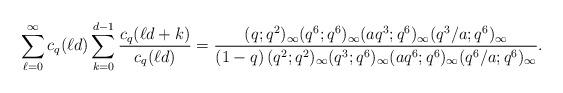
LaTeX: \begin{align*}\sum_{\ell=0}^{\infty}c_q(\ell d)\sum_{k=0}^{d-1}\frac{c_q(\ell d+k)}{c_q(\ell d)}=\frac{(q;q^2)_\infty(q^6;q^6)_\infty(aq^3;q^6)_\infty(q^3/a;q^6)_\infty}{(1-q)\,(q^2;q^2)_\infty(q^3;q^6)_\infty(aq^6;q^6)_\infty(q^6/a;q^6)_\infty}.\end{align*}